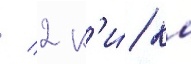
/ 2 к'и́/ км